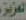
العزيز